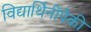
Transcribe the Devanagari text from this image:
विद्यार्थिनींपैकी